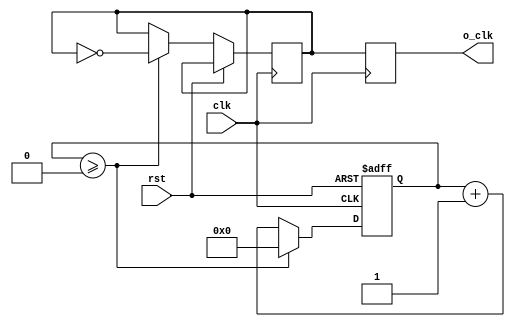
module FrecuencyDivider(
  input wire clk,
  input rst,
  output reg o_clk
);

  parameter f = 25000000;  // Frecuencia de entrada en Hz
  parameter f_out = 12500000;     // Frecuencia de salida deseada en Hz
  parameter max_cunt =f/(2*f_out);
  reg [31:0] count;
  reg toggle;

  always @(posedge clk or posedge rst) begin
    if (rst) 
        count <= 0;
    else begin
        if (count >= max_cunt - 1) begin
            count <= 0;
            toggle <= ~toggle;
        end else begin
            count <= count + 1;
        end
    end
  end
  always @(posedge clk) begin
    o_clk <= toggle;
  end

endmodule